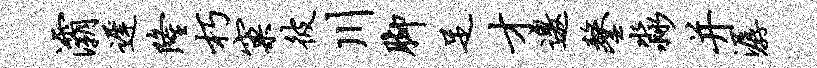
灞迟隆朽窠彼川脚足才邀鏊淼并潺